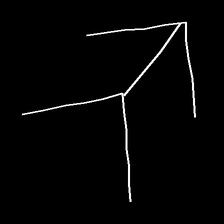
Glyph: gather